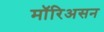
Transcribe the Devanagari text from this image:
मॉरिअसन